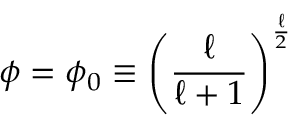
\phi = \phi _ { 0 } \equiv \left( \frac { \ell } { \ell + 1 } \right) ^ { \frac { \ell } { 2 } }